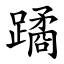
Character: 蹫